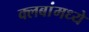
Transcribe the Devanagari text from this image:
क्लबांमध्ये